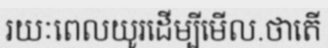
រយៈពេលយូរដើម្បីមើល.ថាតើ